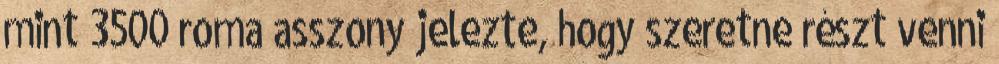
mint 3500 roma asszony jelezte, hogy szeretne részt venni